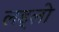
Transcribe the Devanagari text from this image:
लड्लो